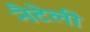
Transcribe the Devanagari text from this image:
नैटेली